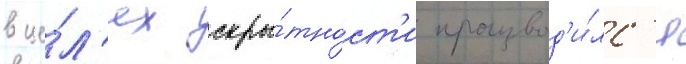
в це́л'ях скры́тност'и производ'и́лс'я